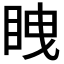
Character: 𭾫